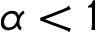
\alpha < 1